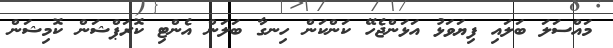
މައްސަލަ ބަލައި ފިޔަވަޅު އަޅަންޖެހޭ ކަންކަން ހިނގާ ބަލަން އެންޓި ކޮރަޕްޝަން ކޮމިޝަން